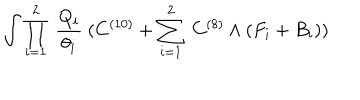
\int \prod _ { i = 1 } ^ { 2 } ~ \frac { Q _ { i } } { \theta _ { i } } ~ ( C ^ { ( 1 0 ) } + \sum _ { i = 1 } ^ { 2 } ~ C ^ { ( 8 ) } \wedge ( F _ { i } + B _ { i } ) )